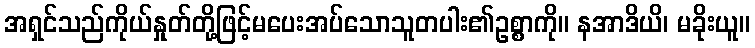
အရှင်သည်ကိုယ်နှုတ်တို့ဖြင့်မပေးအပ်သောသူတပါး၏ဥစ္စာကို။ နအာဒိယိ၊ မခိုးယူ။